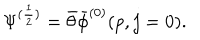
\Psi ^ { ( \frac { 1 } { 2 } ) } = \bar { \theta } \bar { \phi } ^ { ( 0 ) } ( p , j = 0 ) .